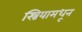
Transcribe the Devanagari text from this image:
स्त्रियामधून